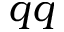
q q